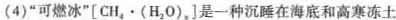
(4)”可燃冰”[CH_{4}·(H_{2}O)_{n}]是一种沉睡在海底和高寒冻土